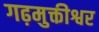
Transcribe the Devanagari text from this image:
गढ़मुक्तीश्वर